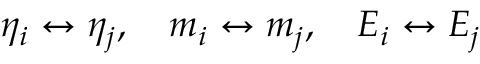
\eta _ { i } \leftrightarrow \eta _ { j } , \quad m _ { i } \leftrightarrow m _ { j } , \quad E _ { i } \leftrightarrow E _ { j }